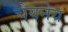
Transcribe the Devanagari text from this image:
चेयनेय